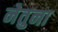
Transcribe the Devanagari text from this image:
नेतुना